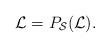
LaTeX: \begin{align*} \mathcal{L} &= P_{\mathcal{S}} (\mathcal{L}). \end{align*}